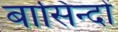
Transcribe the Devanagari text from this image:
बासिन्दों